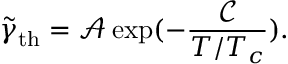
\tilde { \gamma } _ { \mathrm { t h } } = \mathcal { A } \exp ( - \frac { \mathcal { C } } { T / T _ { c } } ) .